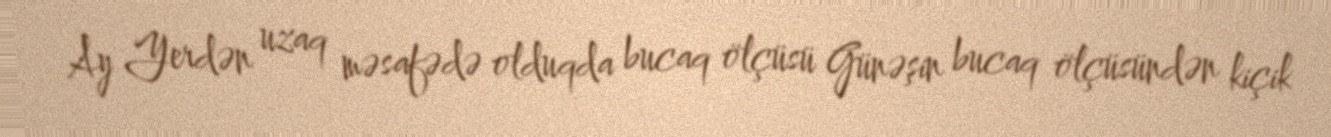
Ay Yerdən uzaq məsafədə olduqda bucaq ölçüsü Günəşin bucaq ölçüsündən kiçik